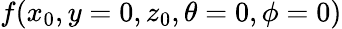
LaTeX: f(x_{0},y=0,z_{0},\theta=0,\phi=0)